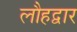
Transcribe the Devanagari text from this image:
लौहद्वार